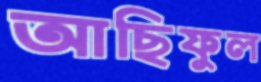
আছিফুল